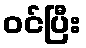
ဝင်ပြီး